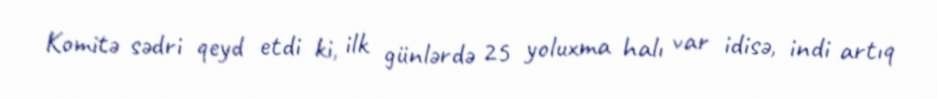
Komitə sədri qeyd etdi ki, ilk günlərdə 25 yoluxma halı var idisə, indi artıq